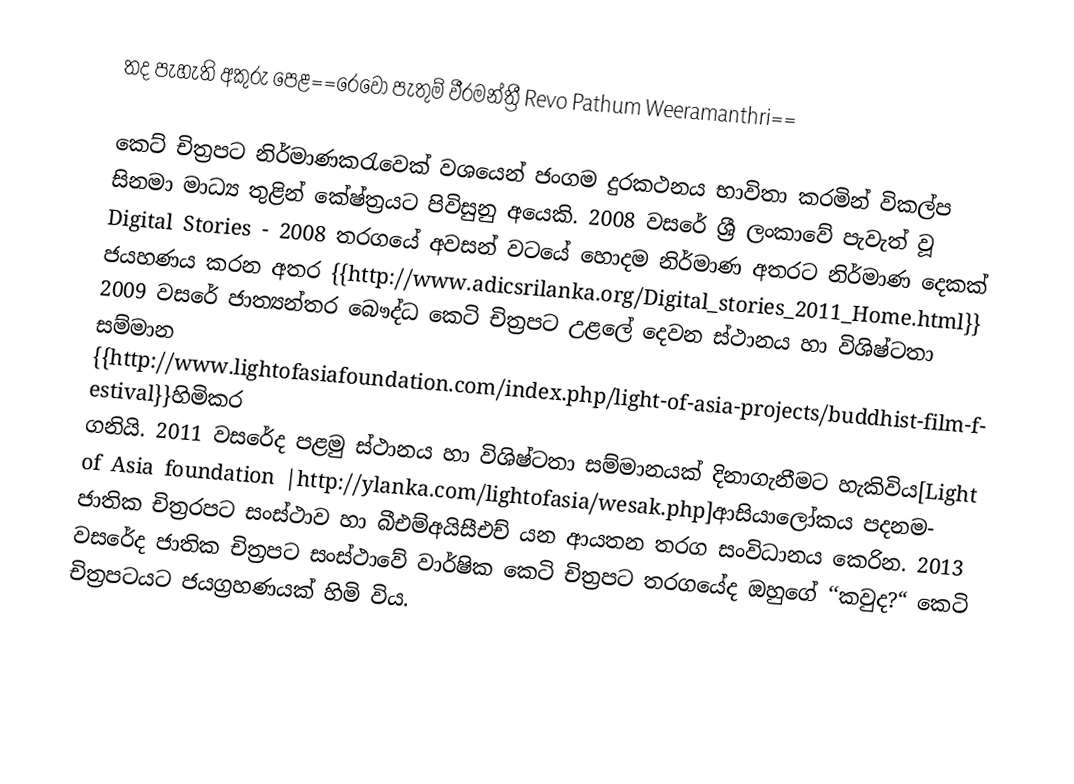
තද පැහැති අකුරු පෙළ==රෙවෝ පැතුම් වීරමන්ත්‍රී Revo Pathum Weeramanthri==

කෙට් චිත්‍රපට නිර්මාණකරැවෙක් වශයෙන් ජංගම දුරකථනය භාවිතා කරමින් විකල්ප සිනමා  මාධ්‍ය තුළින් කේෂ්ත්‍රයට පිවිසුනු අයෙකි. 2008 වසරේ ශ්‍රී ලංකාවේ පැවැත් වූ Digital Stories - 2008 තරගයේ  අවසන් වටයේ හොදම නිර්මාණ අතරට නිර්මාණ දෙකක් ජයහණය කරන අතර {{http://www.adicsrilanka.org/Digital_stories_2011_Home.html}} 2009 වසරේ ජාත්‍යන්තර බෞද්ධ කෙටි චිත්‍රපට උළලේ දෙවන ස්ථානය හා විශිෂ්ටතා සම්මාන {{http://www.lightofasiafoundation.com/index.php/light-of-asia-projects/buddhist-film-festival}}හිමිකර ගනියි.  2011 වසරේද පළමු ස්ථානය හා විශිෂ්ටතා සම්මානයක් දිනාගැනීමට හැකිවිය[Light of Asia foundation |http://ylanka.com/lightofasia/wesak.php]ආසියාලෝකය පදනම- ජාතික චිත්‍රරපට සංස්ථාව හා බීඑම්අයිසීඑච් යන ආයතන තරග සංවිධානය කෙරින. 2013 වසරේද ජාතික චිත්‍රපට සංස්ථාවේ වාර්ෂික කෙටි චිත්‍රපට තරගයේද ඔහුගේ ‘‘කවුද?“ කෙටි චිත්‍රපටයට ජයග්‍රහණයක් හිමි විය.